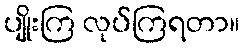
ပျိုးကြ လုပ်ကြရတာ။